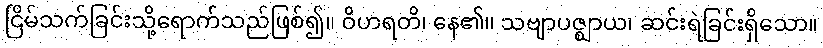
ငြိမ်သက်ခြင်းသို့ရောက်သည်ဖြစ်၍။ ဝိဟရတိ၊ နေ၏။ သဗျာပဇ္ဈာယ၊ ဆင်းရဲခြင်းရှိသော။